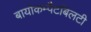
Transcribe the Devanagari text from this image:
बायोकम्पैटबिलटी